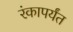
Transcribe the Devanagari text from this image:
रंकापर्यंत